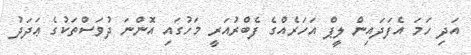
އަދި ހަމަ އެފަދައިން ލީޕް އަހަރެއްގެ ފެބްރުއަރީ މަހުގައި އޮންނަ ދުވަސްތަކުގެ ޢަދަދު